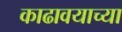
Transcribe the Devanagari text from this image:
काढावयाच्या